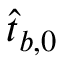
\hat { t } _ { b , 0 }